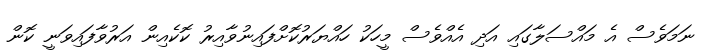
ނަމަވެސް އެ މައްސަލާގައި އަދި އެއްވެސް މީހަކު ހައްޔަރުކޮށްފައިނުވާއިރު ކޮކެއިން އަރުވާފައިވަނީ ކޮން